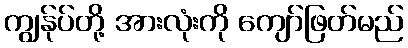
ကျွန်ုပ်တို့ အားလုံးကို ကျော်ဖြတ်မည်